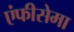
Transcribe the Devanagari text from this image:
एंफीसेमा